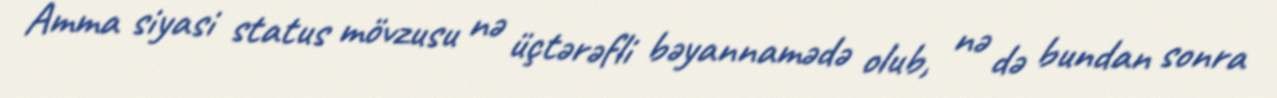
Amma siyasi status mövzusu nə üçtərəfli bəyannamədə olub, nə də bundan sonra